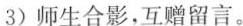
3)师生合影，互赠留言。